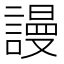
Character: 謾